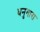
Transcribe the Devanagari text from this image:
धनुगारा